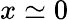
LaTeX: x\simeq 0